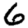
Digit: 6